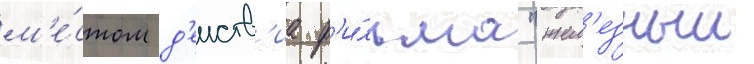
м'е́стом д'еиств'иа ф'и́льма "жел'езныи